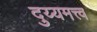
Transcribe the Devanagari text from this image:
दुय्यमत्त्व